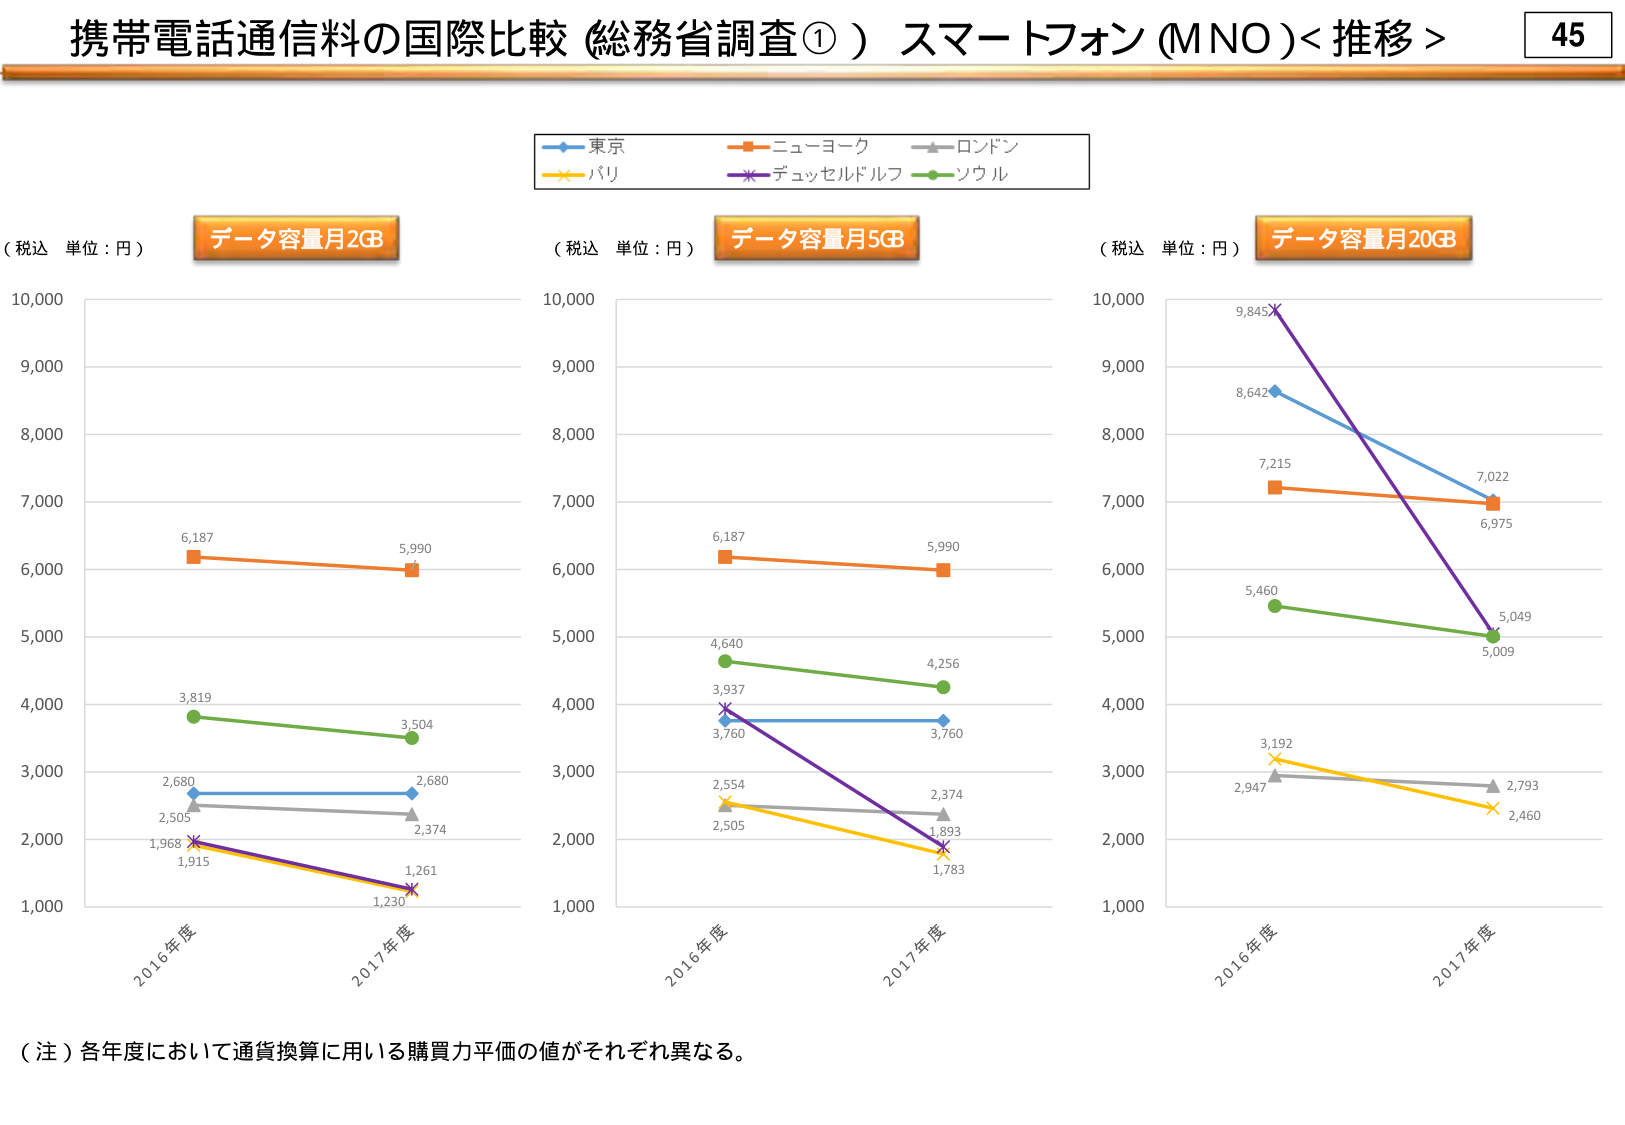
携帯電話通信料の国際比較（総務省調査①） スマートフォン（MNO）＜推移＞
45
（税込 単位：円） データ容量月2GB
（税込 単位：円） データ容量月5GB
（税込 単位：円） データ容量月20GB
東京
ニューヨーク
ロンドン
パリ
デュッセルドルフ
ソウル
6,187
5,990
3,819
3,504
2,680
2,680
2,505
2,374
1,968
1,915
1,230
1,261
2016年度
2017年度
6,187
5,990
4,640
4,256
3,937
3,760
3,760
2,554
2,505
2,374
1,893
1,783
2016年度
2017年度
9,845
8,642
7,215
7,022
6,975
5,460
5,049
5,009
3,192
2,947
2,793
2,460
2016年度
2017年度
（注）各年度において通貨換算に用いる購買力平価の値がそれぞれ異なる。